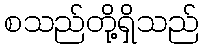
စသည်တို့ရှိသည်